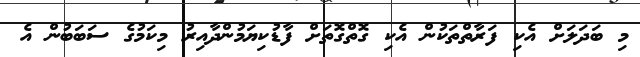
މި ބަދަލަށް އެކި ފަރާތްތަކުން އެކި ގޮތްގޮތަށް ފާޑުކިޔަމުންދާއިރު މިކަމުގެ ސަބަބުން އެ